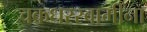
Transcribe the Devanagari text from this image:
चक्रधरस्वामींना